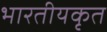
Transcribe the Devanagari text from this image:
भारतीयकृत